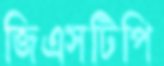
জিএসটিপি